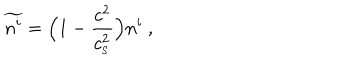
LaTeX: \widetilde { n ^ { i } } = \Big ( 1 - { \frac { c ^ { 2 } } { c _ { _ \mathrm { S } } ^ { 2 } } } \Big ) n ^ { i } \ ,